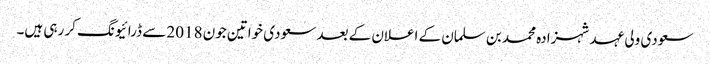
سعودی ولی عہد شہزادہ محمد بن سلمان کے اعلان کے بعد سعودی خواتین جون 2018 سے ڈرائیونگ کر رہی ہیں۔